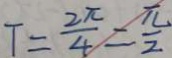
T = \frac { 2 \pi } { 4 } = \frac { \pi } { 2 }